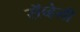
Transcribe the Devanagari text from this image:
सॅव्हेली